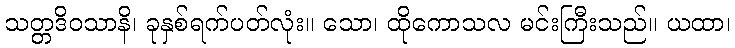
သတ္တဒိဝသာနိ၊ ခုနှစ်ရက်ပတ်လုံး။ သော၊ ထိုကောသလ မင်းကြီးသည်။ ယထာ၊